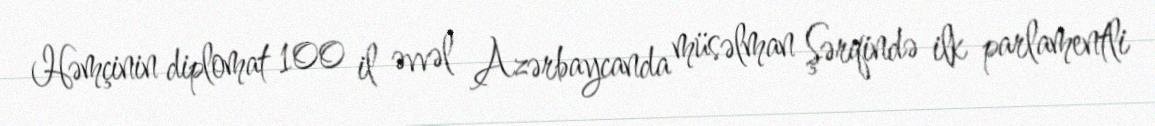
Həmçinin diplomat 100 il əvvəl Azərbaycanda müsəlman Şərqində ilk parlamentli